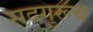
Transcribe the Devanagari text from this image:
सदगुरूच